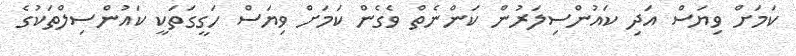
ކަމަށް ވިޔަސް އަދި ކައުންސިލަރުން ކަންނެތް ވެގެން ކަމަށް ވިޔަސް ހަގީގަތަކީ ކައުންސިލްތަކުގެ